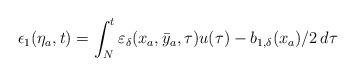
LaTeX: \begin{align*}\epsilon_1(\eta_a,t)= \int_{N}^{t} \varepsilon_\delta({x}_a,\bar{y}_a,\tau)u(\tau)-b_{1,\delta}(x_a)/2 \,d \tau\end{align*}